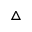
\triangle